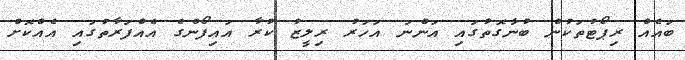
ބައެއް ރިޕޯޓުތަކުން ބުނާގޮތުގައި އަންނަ އަހަރު ރިލީޒު ކުރާ އައިފޯންގެ އެއްފަރާތުގައި އެއްކޮށް